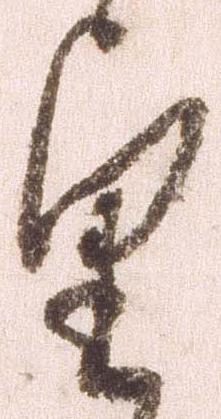
望